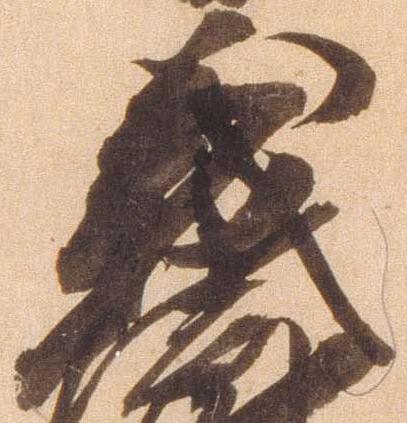
義